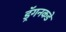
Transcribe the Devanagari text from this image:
ड्रॅगनकडे